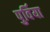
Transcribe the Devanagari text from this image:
पुर्विया